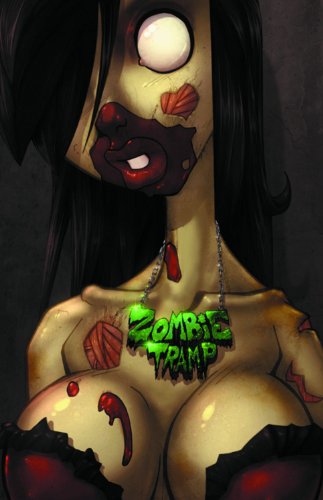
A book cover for Zombie Tramp TP (New Printing); Dan Mendoza; Comics & Graphic Novels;